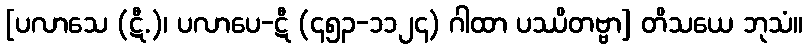
[ပလာသေ (ဋီ.)၊ ပလာပေ-ဋီ (၄၅၃-၁၁၂၄) ဂါထာ ပဿိတဗ္ဗာ] တိသယေ ဘုသံ။